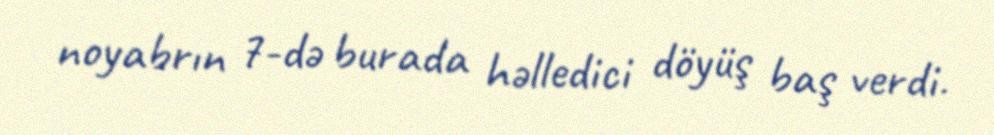
noyabrın 7-də burada həlledici döyüş baş verdi.